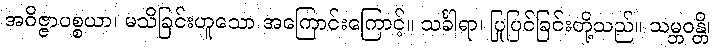
အဝိဇ္ဇာပစ္စယာ၊ မသိခြင်းဟူသော အကြောင်းကြောင့်။ သင်္ခါရာ၊ ပြုပြင်ခြင်းတို့သည်။ သမ္ဘဝန္တိ၊